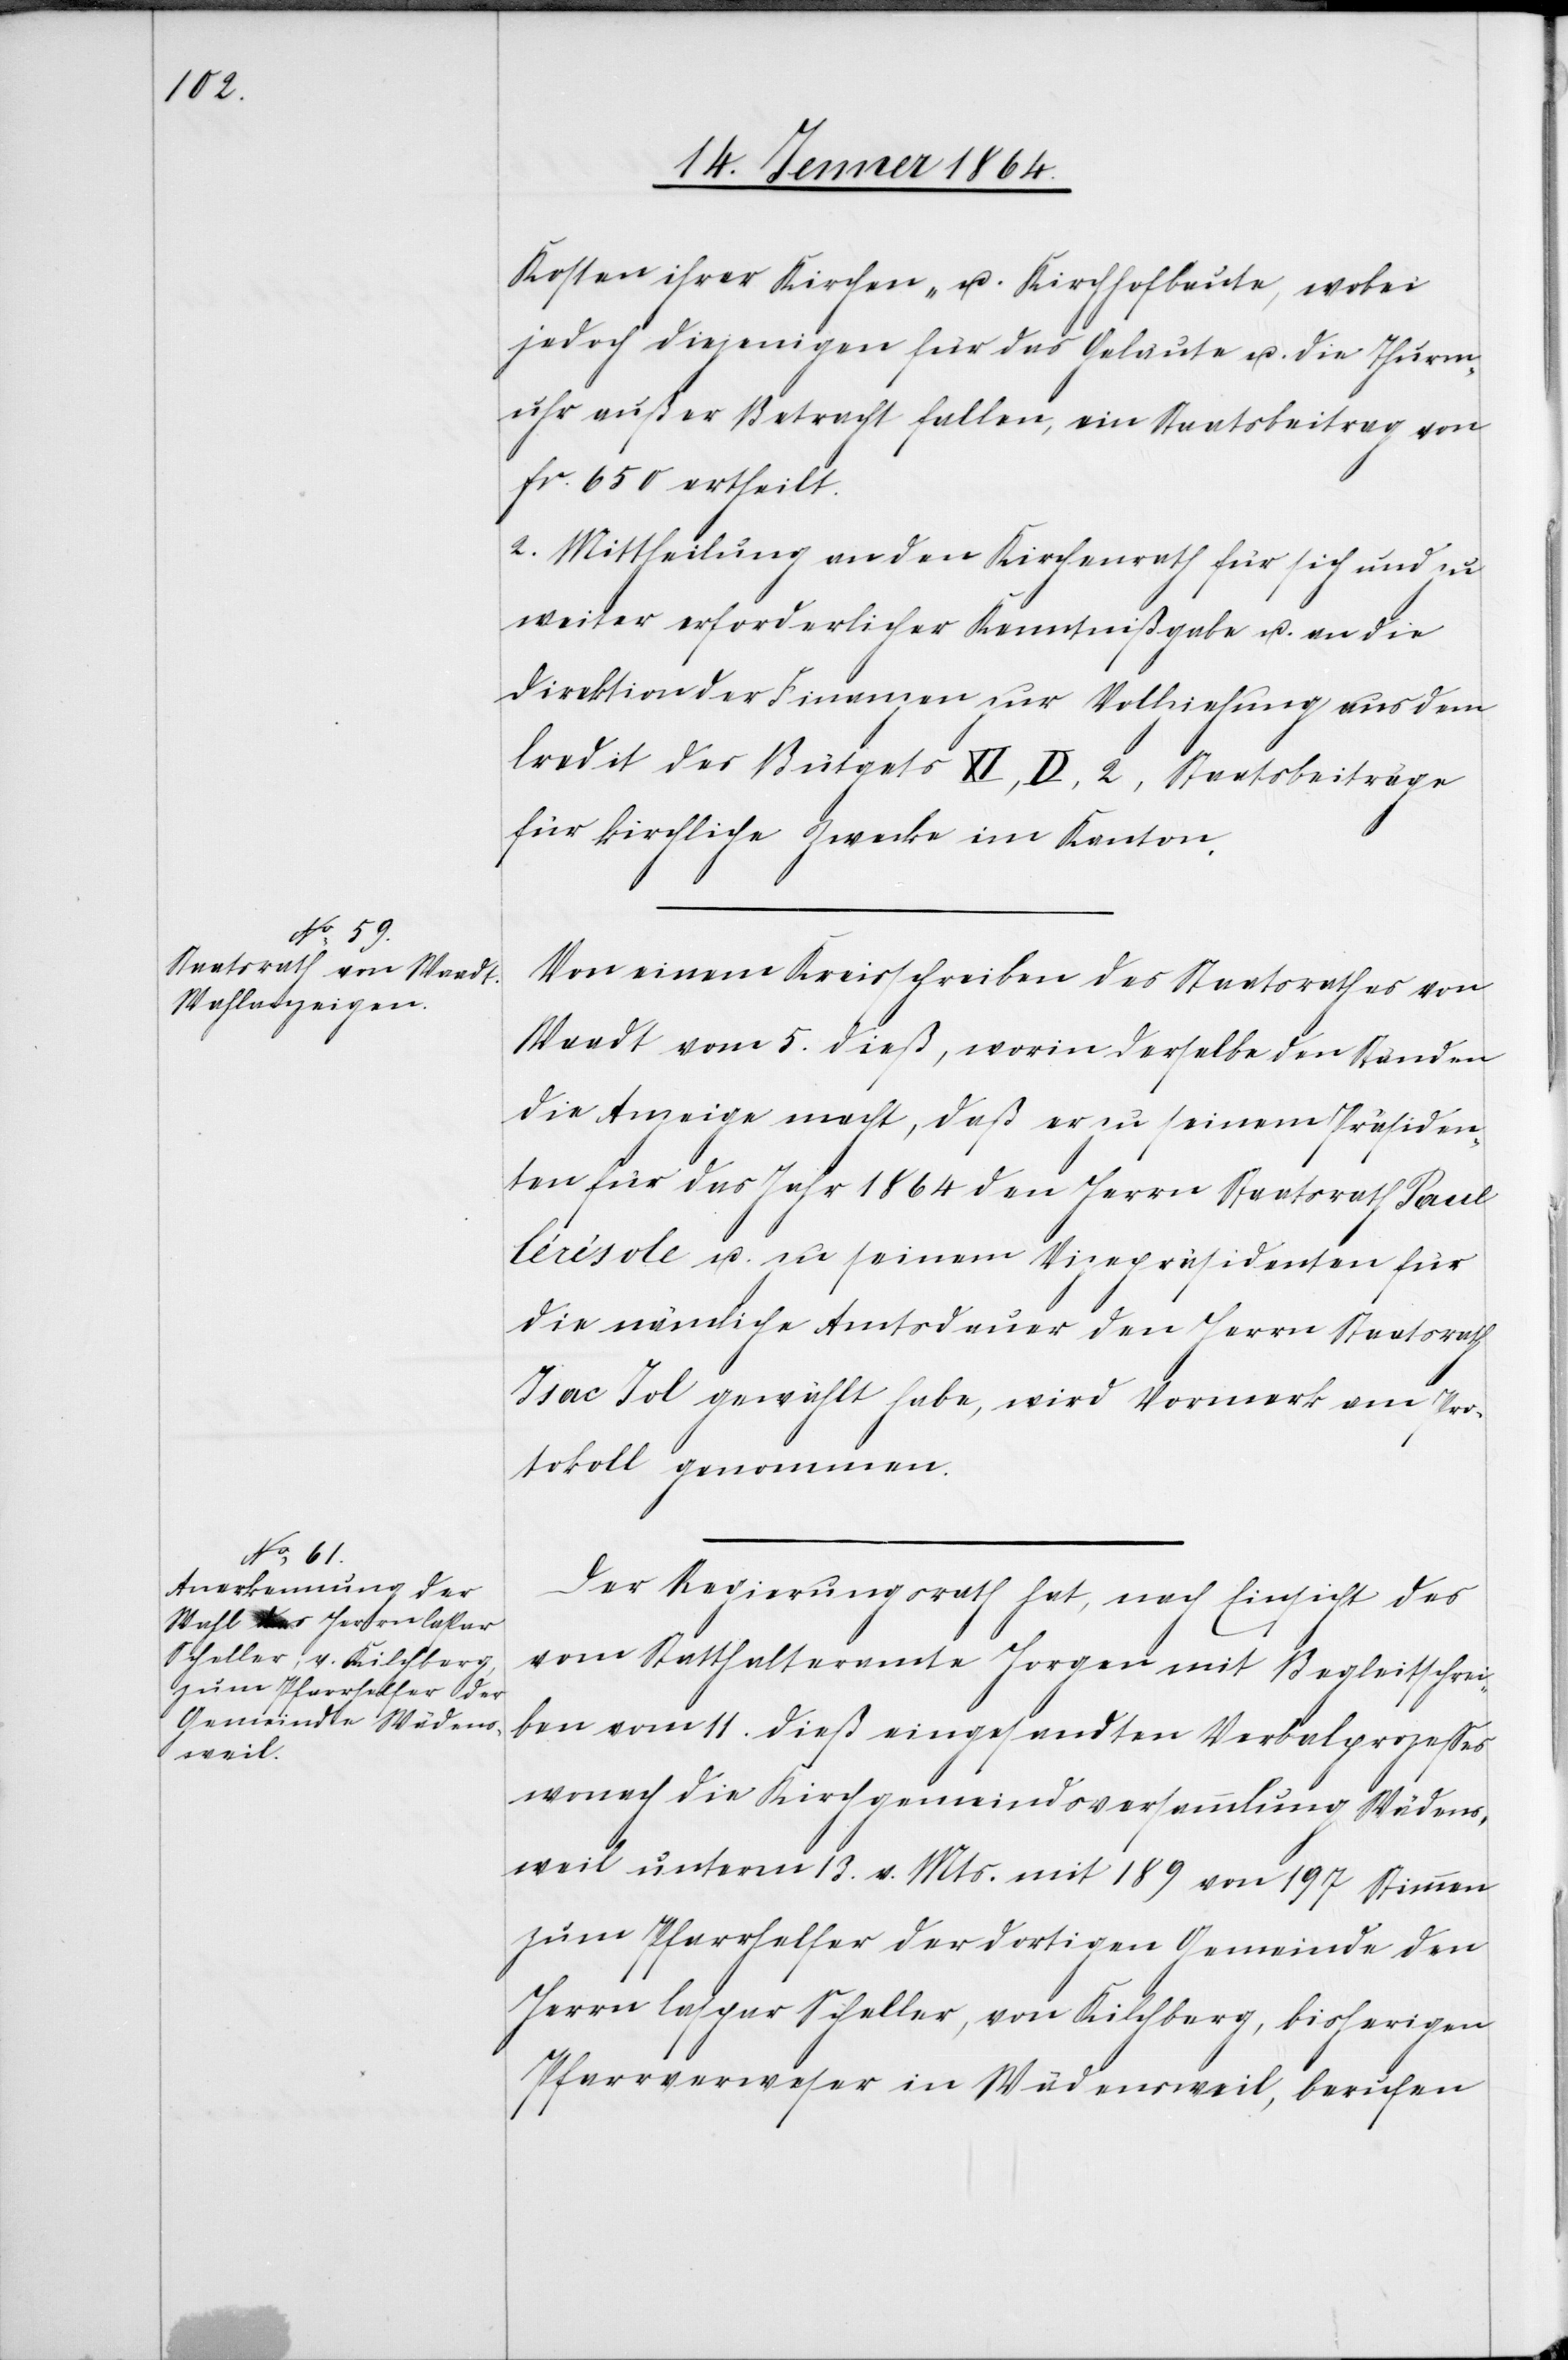
Kosten ihrer Kirchen- u. Kirchhofbaute, wobei
jedoch diejenigen für das Geläute u. die Thurm¬
uhr außer Betracht fallen, ein Staatsbeitrag von
fr. 650 ertheilt.
2. Mittheilung an den Kirchenrath für sich und zu
weiter erforderlicher Kenntnißgabe u. an die
Direktion der Finanzen zur Vollziehung aus dem
Credit des Budgets XI, D, 2, Staatsbeiträge
für kirchliche Zwecke im Kanton.
Von einem Kreisschreiben des Staatsrathes von
Waadt vom 5. dieß, worin derselbe den Ständen
die Anzeige macht, daß er zu seinem Präsiden¬
ten für das Jahr 1864 den Herrn Staatsrath Paul
Cirisole u. zu seinem Vizepräsidenten für
die nämliche Amtsdauer den Herrn Staatsrath
Isac Jol gewählt habe, wird Vermerk am Pro¬
tokoll genommen.
Der Regierungsrath hat, nach Einsicht des
vom Statthalteramte Horgen mit Begleitschrei¬
ben vom 11. dieß eingesandten Verbalprozesses
wonach die Kirchgemeindsversammlung Wädens¬
weil unterm 13. v. Mts. mit 189 von 197 Stimmen
zum Pfarrhelfer der dortigen Gemeinde den
Herrn Caspar Scheller, von Kilchberg, bisherigen
Pfarrverweser in Wädensweil, berufen